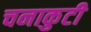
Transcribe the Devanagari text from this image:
चनाकुटी